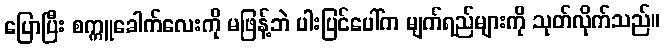
ပြောပြီး စက္ကူခေါက်လေးကို မဖြန့်ဘဲ ပါးပြင်ပေါ်က မျက်ရည်များကို သုတ်လိုက်သည်။